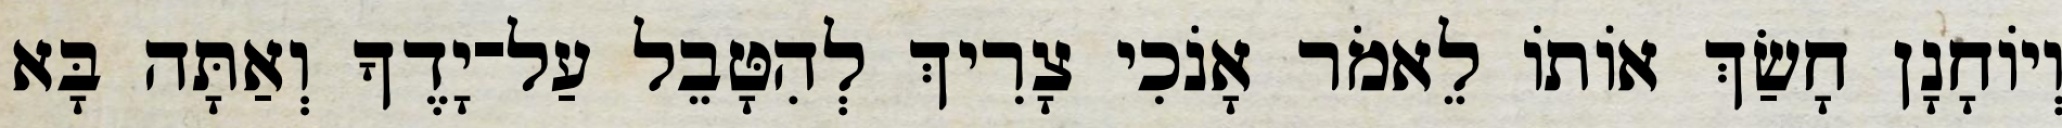
וְיוֹחָנָן חָשַׂךְ אוֹתוֹ לֵאמֹר אָנֹכִי צָרִיךְ לְהִטָּבֵל עַל־יָדֶךָ וְאַתָּה בָּא